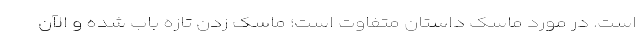
است. در مورد ماسک داستان متفاوت است؛ ماسک زدن تازه باب شده و الآن